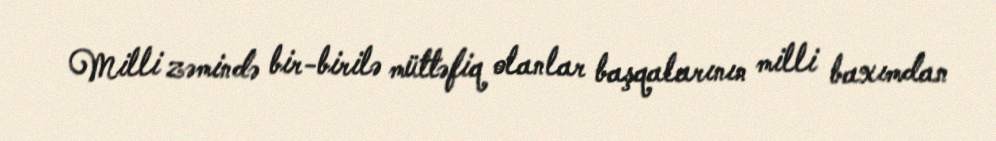
Milli zəmində bir-birilə müttəfiq olanlar başqalarının milli baxımdan